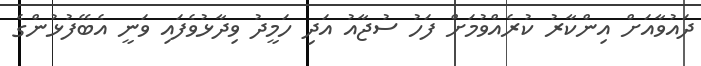
ދައުވާއަށް އިންކާރު ކުރެއްވުމަށް ފަހު ސުޖާއު އަދި ހަމީދު ވިދާޅުވެފައި ވަނީ އެބޭފުޅުންގެ